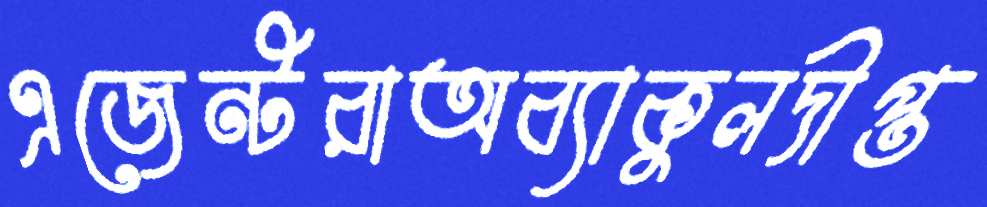
এজেন্টরাঅব্যাকুলদীপ্ত